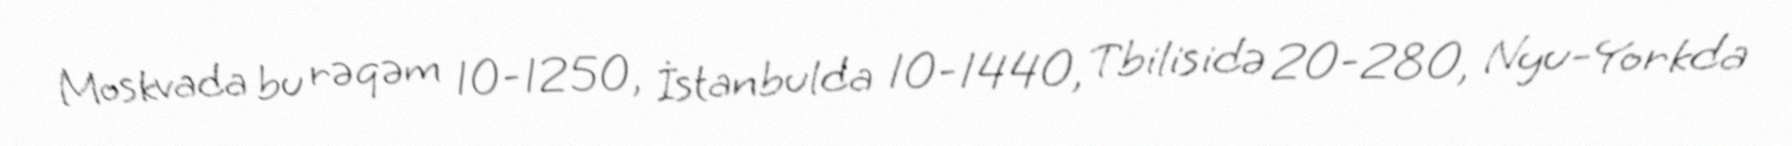
Moskvada bu rəqəm 10-1250, İstanbulda 10-1440, Tbilisidə 20-280, Nyu-Yorkda